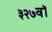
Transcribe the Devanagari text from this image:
३२७वॉ